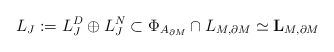
LaTeX: \begin{align*}L_J:=L_J^D\oplus L_J^N\subset \Phi_{A_{\partial M}}\cap L_{M,\partial M} \simeq \mathbf{L}_{M,\partial M}\end{align*}